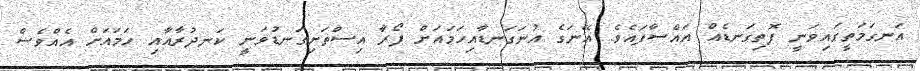
އަނގަމަތީގައިވަނީ ފޮތިގަނޑެއް އައްސާފައެވެ. އޭނަގެ އުނަގަނޑާއިހަމައަށް ފޯރާ އިސްތަށިގަނޑުވަނީ ކަނދުރާއާއި ހަމައަށް އެއްވެސް